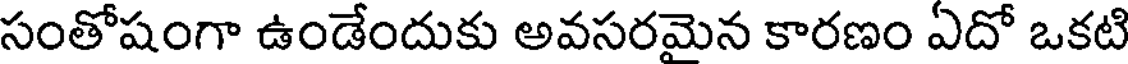
సంతోషంగా ఉండేందుకు అవసరమైన కారణం ఏదో ఒకటి